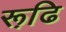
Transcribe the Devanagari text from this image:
रूढि़